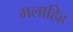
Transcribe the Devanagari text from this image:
भलाहिह